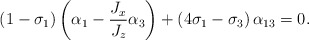
\begin{align*}\left( 1-\sigma_{1}\right) \left( \alpha_{1}-\frac{J_{x}}{J_{z}}\alpha_{3}\right) +\left( 4\sigma_{1}-\sigma_{3}\right) \alpha_{13}=0.\end{align*}